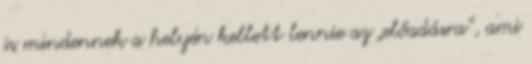
is mindennek a helyén kellett lennie az „előadásra”, ami